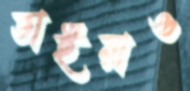
ভাইরাও